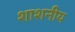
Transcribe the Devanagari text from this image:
शाशनीय